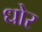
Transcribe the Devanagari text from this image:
धोर